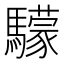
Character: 𩦺